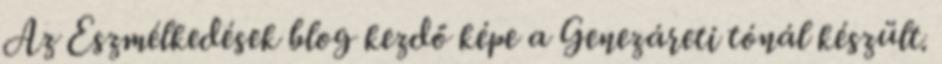
Az Eszmélkedések blog kezdő képe a Genezáreti tónál készült.